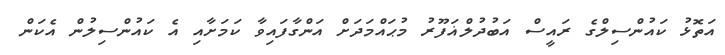
އަތޮޅު ކައުންސިލްގެ ރައީސް އަބުދުލްޣަފޫރު މުޙައްމަދަށް އަންގާފައިވާ ކަމަށާއި އެ ކައުންސިލުން އެކަން